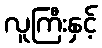
လူကြီးနှင့်